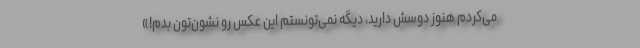
می‌کردم هنوز دوسش دارید، دیگه نمی‌تونستم این عکس رو نشون‌تون بدم!»